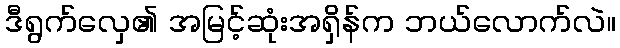
ဒီရွက်လှေ၏ အမြင့်ဆုံးအရှိန်က ဘယ်လောက်လဲ။